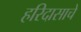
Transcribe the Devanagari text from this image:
हरिदासाचे